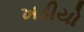
ખડીયો